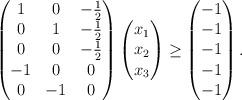
LaTeX: \begin{align*} \begin{pmatrix} 1 & 0 & -\frac{1}{2} \\ 0 & 1 & -\frac{1}{2} \\ 0 & 0 & -\frac{1}{2} \\ -1 & 0 & 0 \\ 0 & -1 & 0 \end{pmatrix} \begin{pmatrix} x_1 \\ x_2 \\ x_3 \end{pmatrix} \geq \begin{pmatrix} -1 \\ -1 \\ -1 \\ -1 \\ -1 \end{pmatrix}.\end{align*}